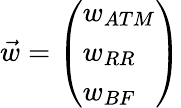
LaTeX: {\vec{w}}={\left(\begin{array}{l}{w_{ATM}}\\ {w_{RR}}\\ {w_{BF}}\end{array}\right)}